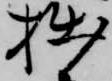
拙